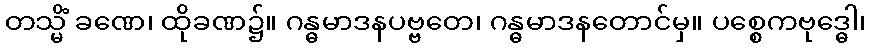
တသ္မိံ ခဏေ၊ ထိုခဏ၌။ ဂန္ဓမာဒနပဗ္ဗတေ၊ ဂန္ဓမာဒနတောင်မှ။ ပစ္စေကဗုဒ္ဓေါ၊